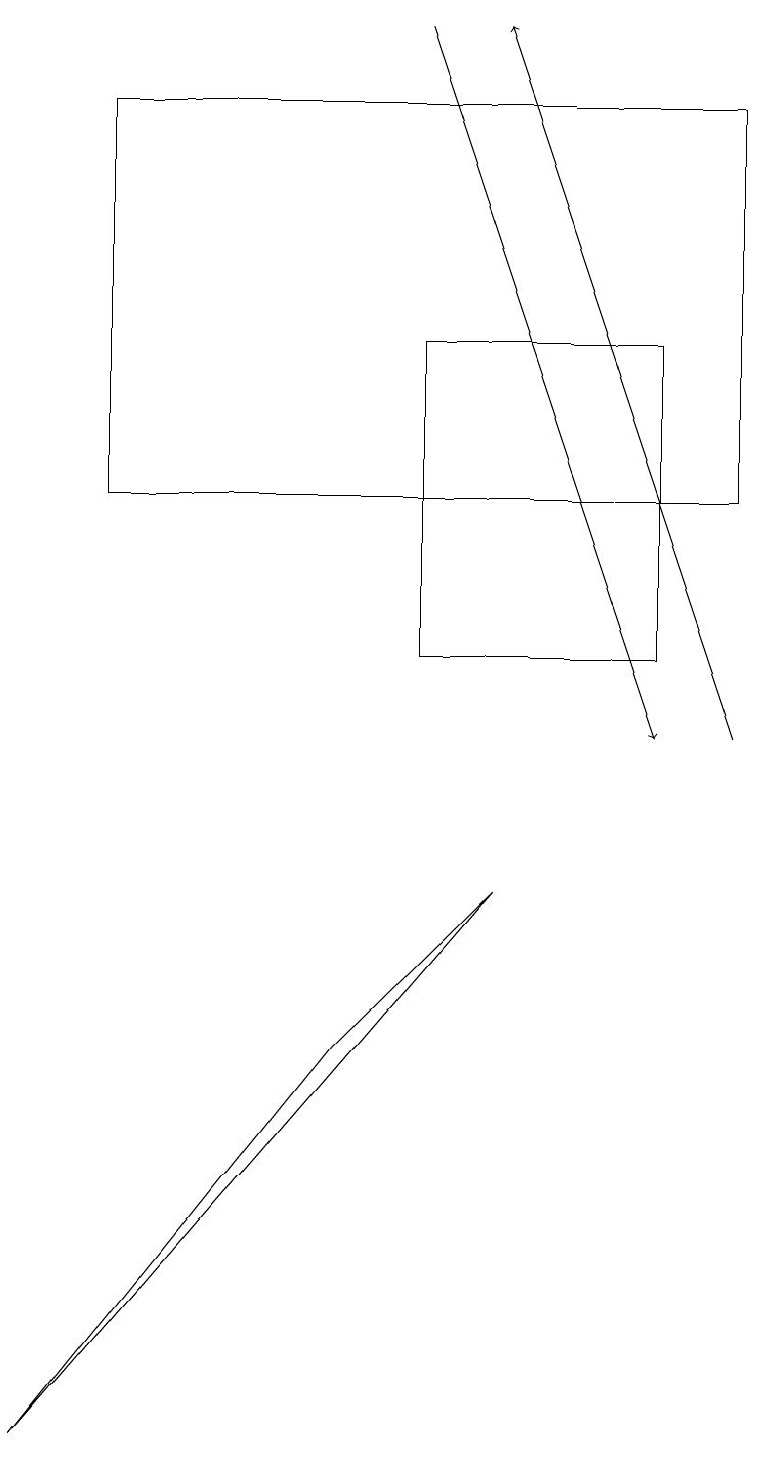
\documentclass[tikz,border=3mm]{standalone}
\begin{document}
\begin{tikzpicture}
\draw (6,8) -- (4,6) -- (0,1) -- cycle;
\draw[->] (9,10) -- (6,19);
\draw[->] (5,19) -- (8,10);
\draw (8,11) rectangle (5,15);
\draw (1,18) rectangle (9,13);
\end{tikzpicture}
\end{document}